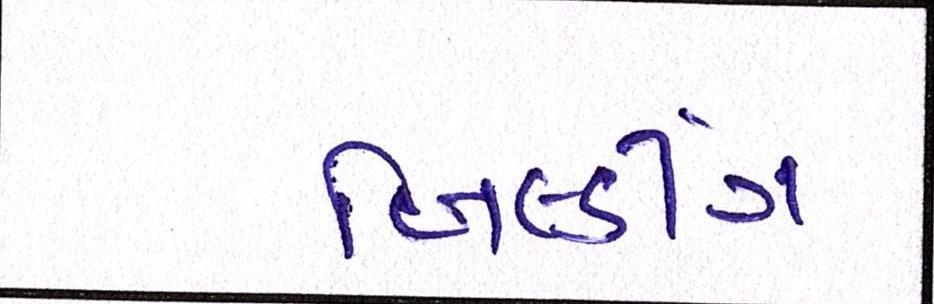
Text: બિલ્ડીંગ